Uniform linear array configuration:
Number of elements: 4
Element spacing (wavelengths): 0.25
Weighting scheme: blackman
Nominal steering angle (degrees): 45
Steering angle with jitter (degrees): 45.821
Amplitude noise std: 0.05
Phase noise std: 0.05

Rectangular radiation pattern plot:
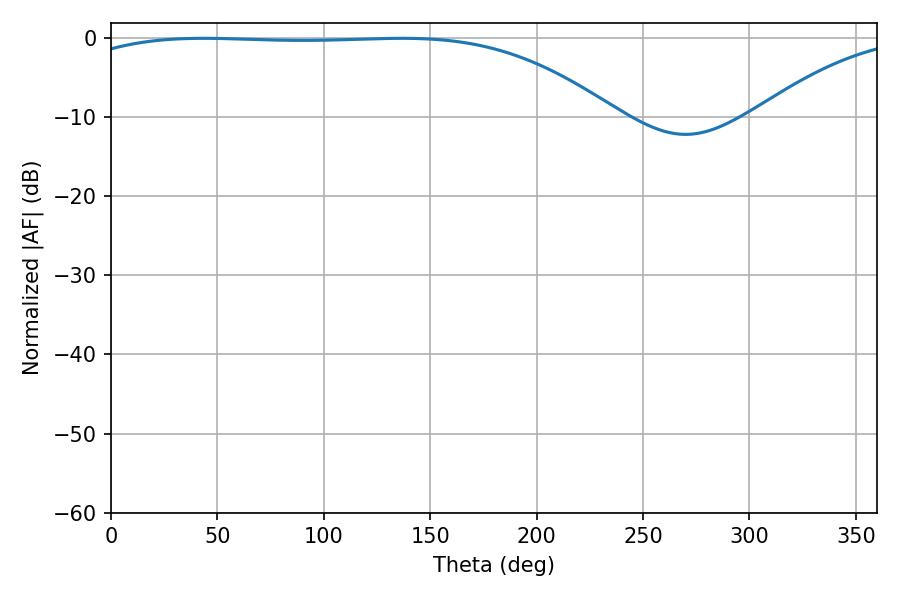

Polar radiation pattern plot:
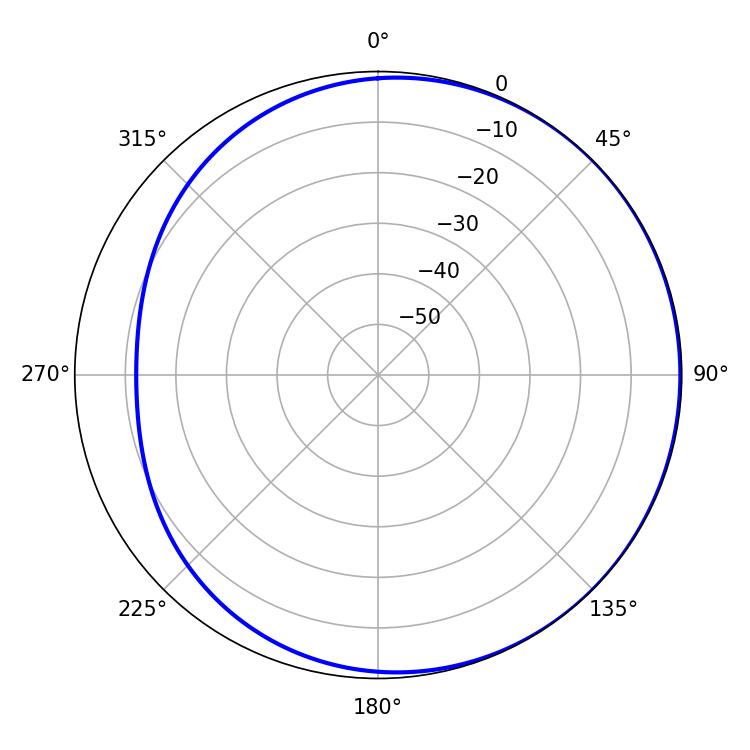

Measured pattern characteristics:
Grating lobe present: FALSE
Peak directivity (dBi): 1.058
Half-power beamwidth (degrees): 198.18
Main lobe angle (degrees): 43.38